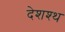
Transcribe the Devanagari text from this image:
देशश्थ